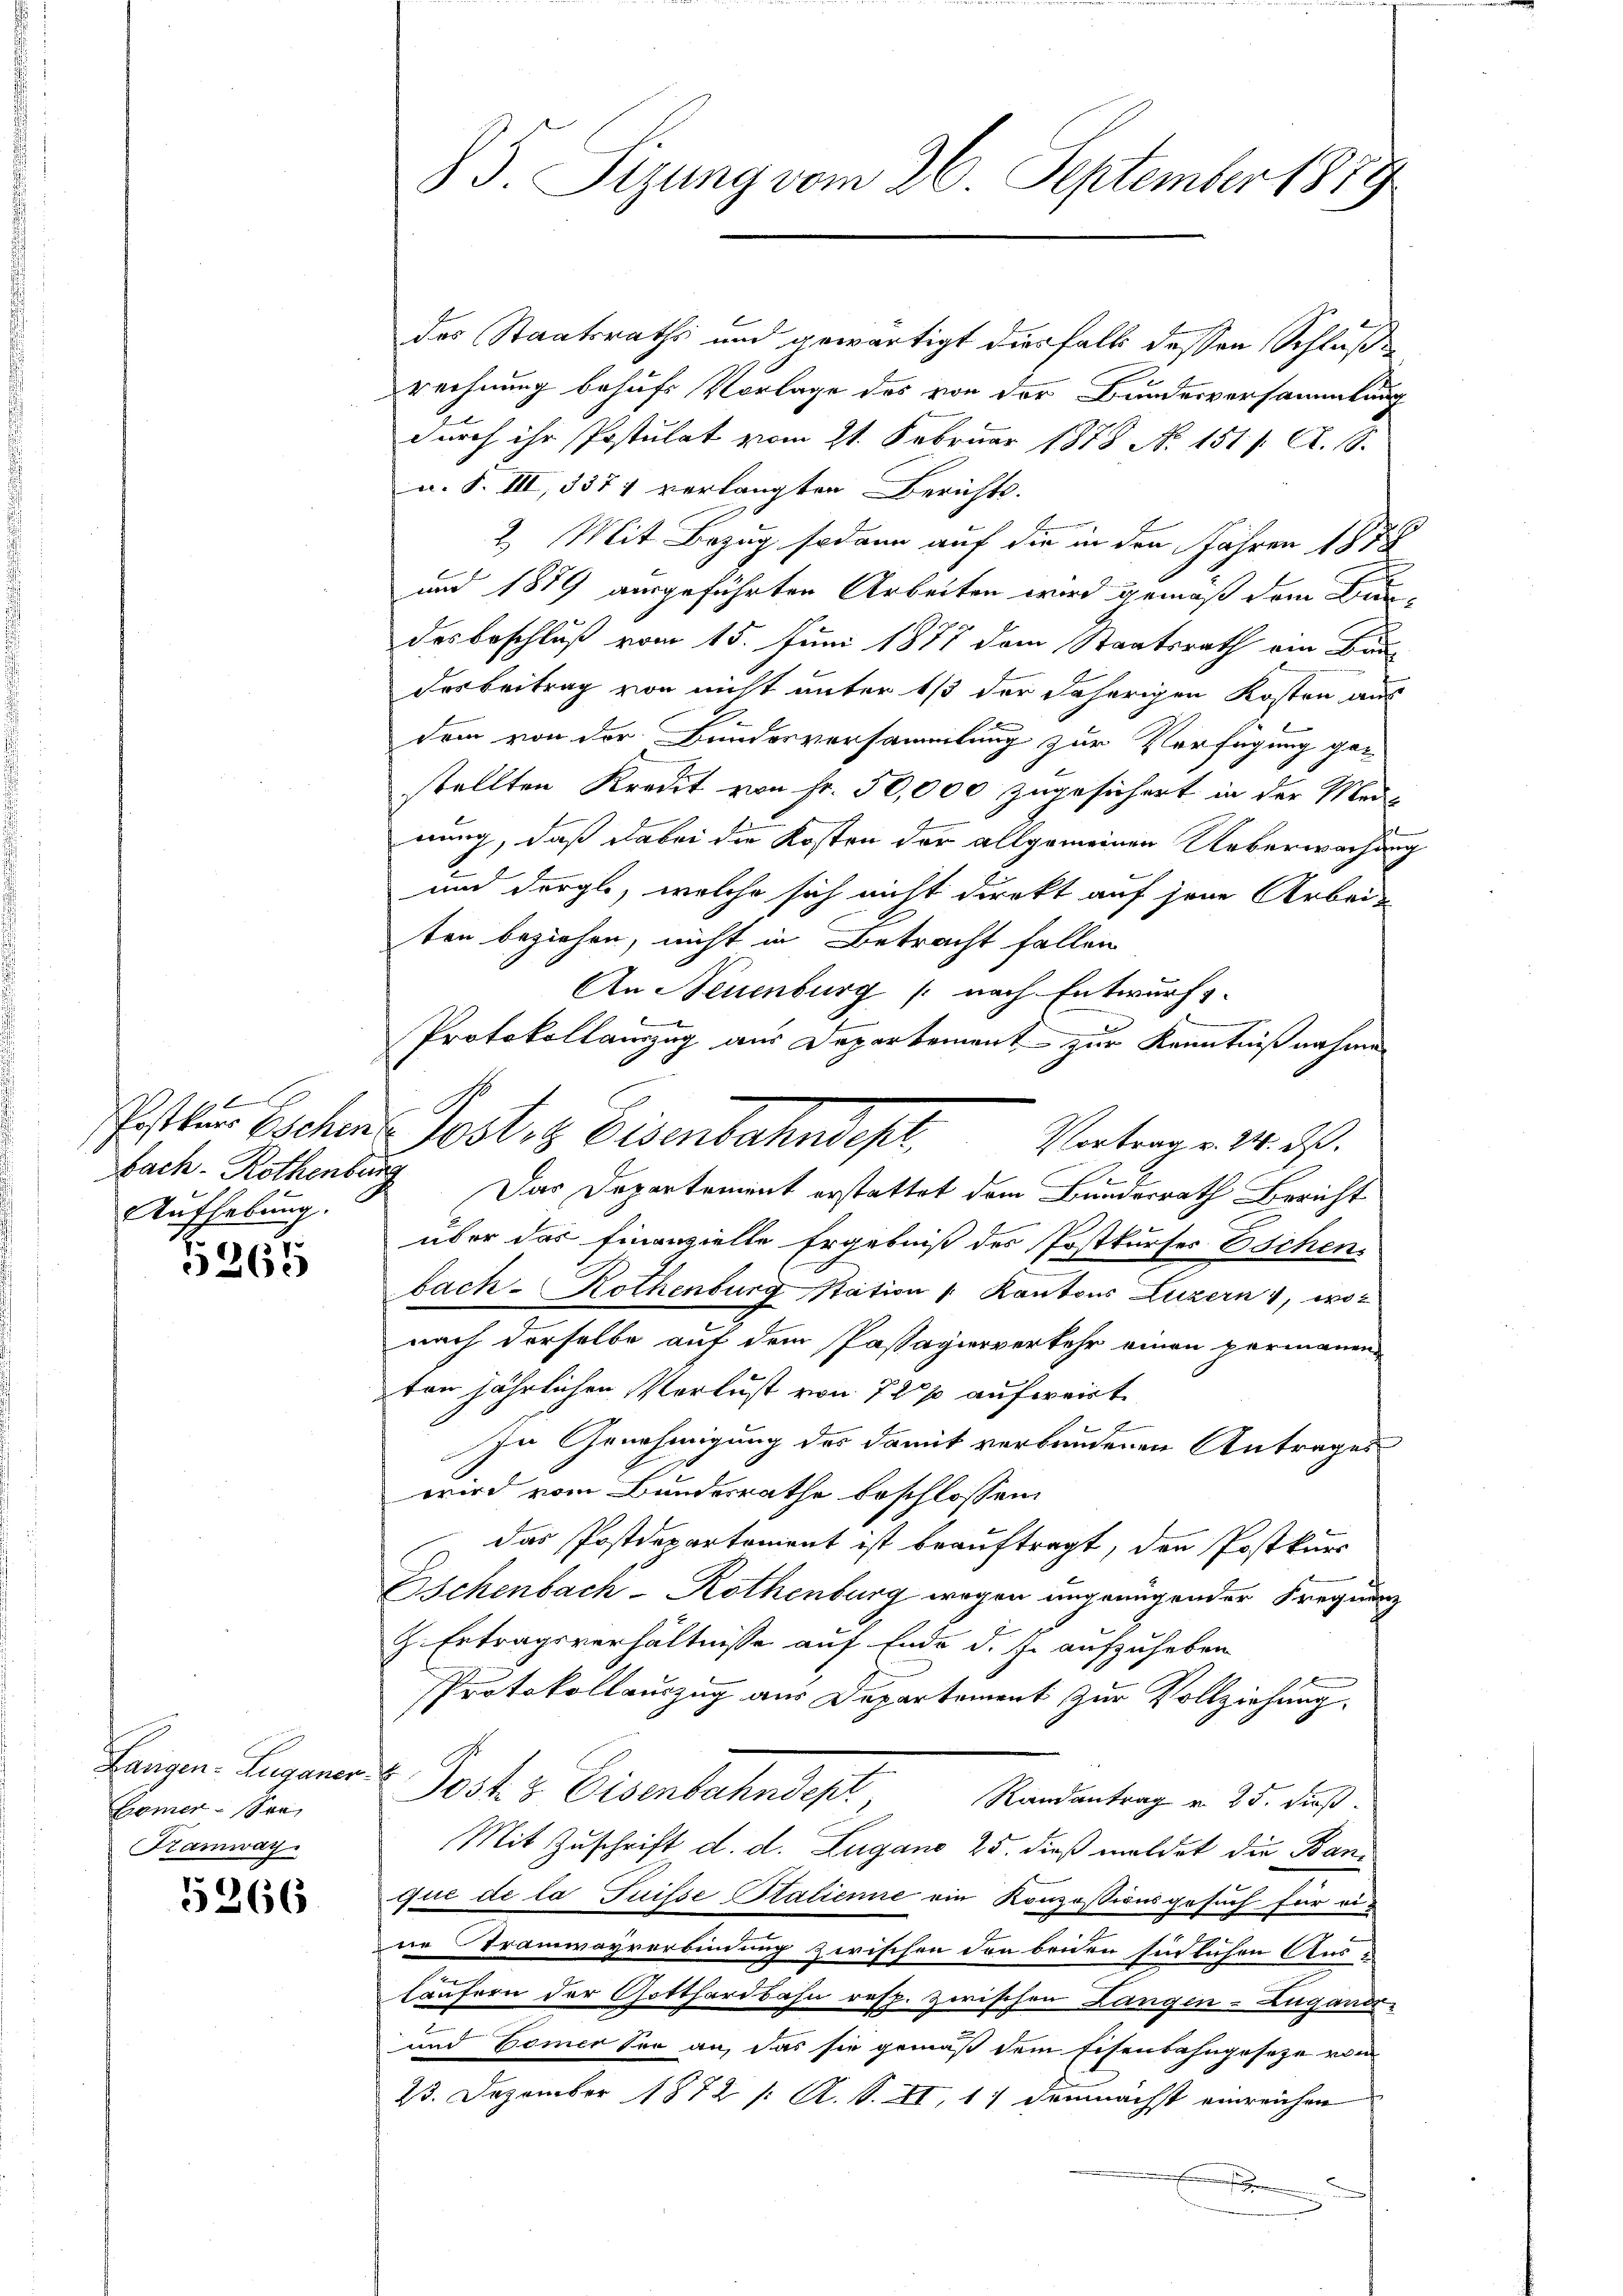
t
Aufhebung.

9265

Langen. Luganer
Lamer sei
Tramway

5266

83. Sizung vom 26. September 1879

des Staatsraths und gewärtigt diesfalls dessen Schluße
rechnung behufs Vorlage des von der Bundesversammlung
durch ihr Postulat vom 21. Februar 1878 No. 1511. A. S.
a. S. III, 5371 verlangten Berichts-
2. Mit Bezug sodann auf die in den Jahren 1872
und 1889 ausgeführten Arbeiten wird gemäß dem Bun
des beschluß vom 15. Juni 1877 dem Staatsrath am Bun
desbeitrag von nicht unter 1/3 der daherigen Kosten aus
.
dem von der Bundesversammlung zur Verfügung gestellten Kredit von Fr. 50,000 zugesichert in der Meinung, daß dabei die Kosten der allgemeinen Ueberwachun¬
und dergle, welche sich nicht direkt auf jene Arbeiten beziehen, nicht in Betracht fallen
An Neuenburg (nach Entwurfs.
Protokollauszug aus Departement zur Kenntnißnahme
fach. Rothenberg. Das Departement erstattet dem Bundesrath Bericht
über das finanzielle Ergebniß des Postkurses Eschen
bach - Rothenburg Station v. Kantons Luzern 4, woz
nach derselbe auf dem Passagierverkehr einen permanen-
ten jährlichen Verlust von 7 20% auferirt
In Genehmigung des damit verbundenen Antrages
wird vom Bundesrathe beschlossen:
das Postdepartement ist beauftragt, den Postkurs
Oschenbach - Rothenburg wegen ungenügender Frequenz
H. Ertragsverhältnisse auf Ende d. J. aufzuheben
Protokollauszug aus Departement zur Vollziehung
Jost & Eisenbahndept
Randantrag v. 25. dieß.
Mit Zuschrift d. d. Zugano 25. dieß mildet die Ban
qui de la Suisse Stalienne ein Konzosionsgesuch für eine Tramwayverbindung zwischen den beiden sindlichen Aus u
läufern der Gotthardbahn resp. Zwischen Langen-Zugand
und Comer Sei an, das sie gemäß dem Eisenbahngeseze von
23. Dezember 1872 /: A. S. II, 11 demnächst einreichen
.

Ersten Eschen Post. Eisenbahndest. Vatern d. d.